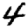
Digit: 4